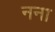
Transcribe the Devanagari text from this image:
नना